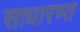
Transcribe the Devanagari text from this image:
साधारण्त